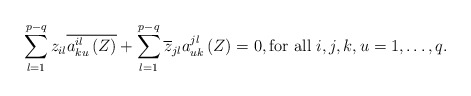
\begin{align*}\displaystyle\sum_{l=1}^{p-q}z_{il}\overline{a_{ku}^{il}\left(Z\right)}+\displaystyle\sum_{l=1}^{p-q}\overline{z}_{jl}a_{uk}^{jl}\left(Z\right)=0, \mbox{for all $i,j,k,u=1,\dots,q$.} \end{align*}